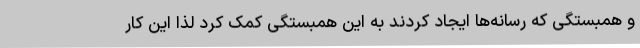
و همبستگی که رسانه‌ها ایجاد کردند به این همبستگی کمک کرد لذا این کار